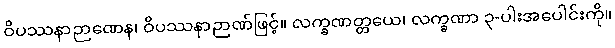
ဝိပဿနာဉာဏေန၊ ဝိပဿနာဉာဏ်ဖြင့်။ လက္ခဏတ္တယေ၊ လက္ခဏာ ၃-ပါးအပေါင်းကို။